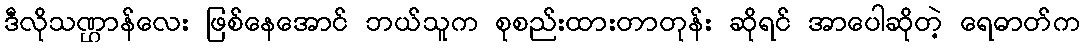
ဒီလိုသဏ္ဌာန်လေး ဖြစ်နေအောင် ဘယ်သူက စုစည်းထားတာတုန်း ဆိုရင် အာပေါဆိုတဲ့ ရေဓာတ်က